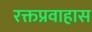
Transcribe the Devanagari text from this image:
रक्तप्रवाहास